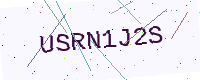
Text: USRN1J2S